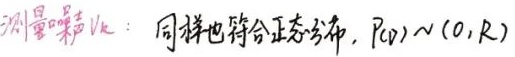
测量噪声\(\mathbf{v}_{k}\)：同样也符合正态分布，\(P(\mathbf{v})\sim N(0,R)\)